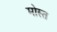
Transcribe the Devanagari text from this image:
मोस्त